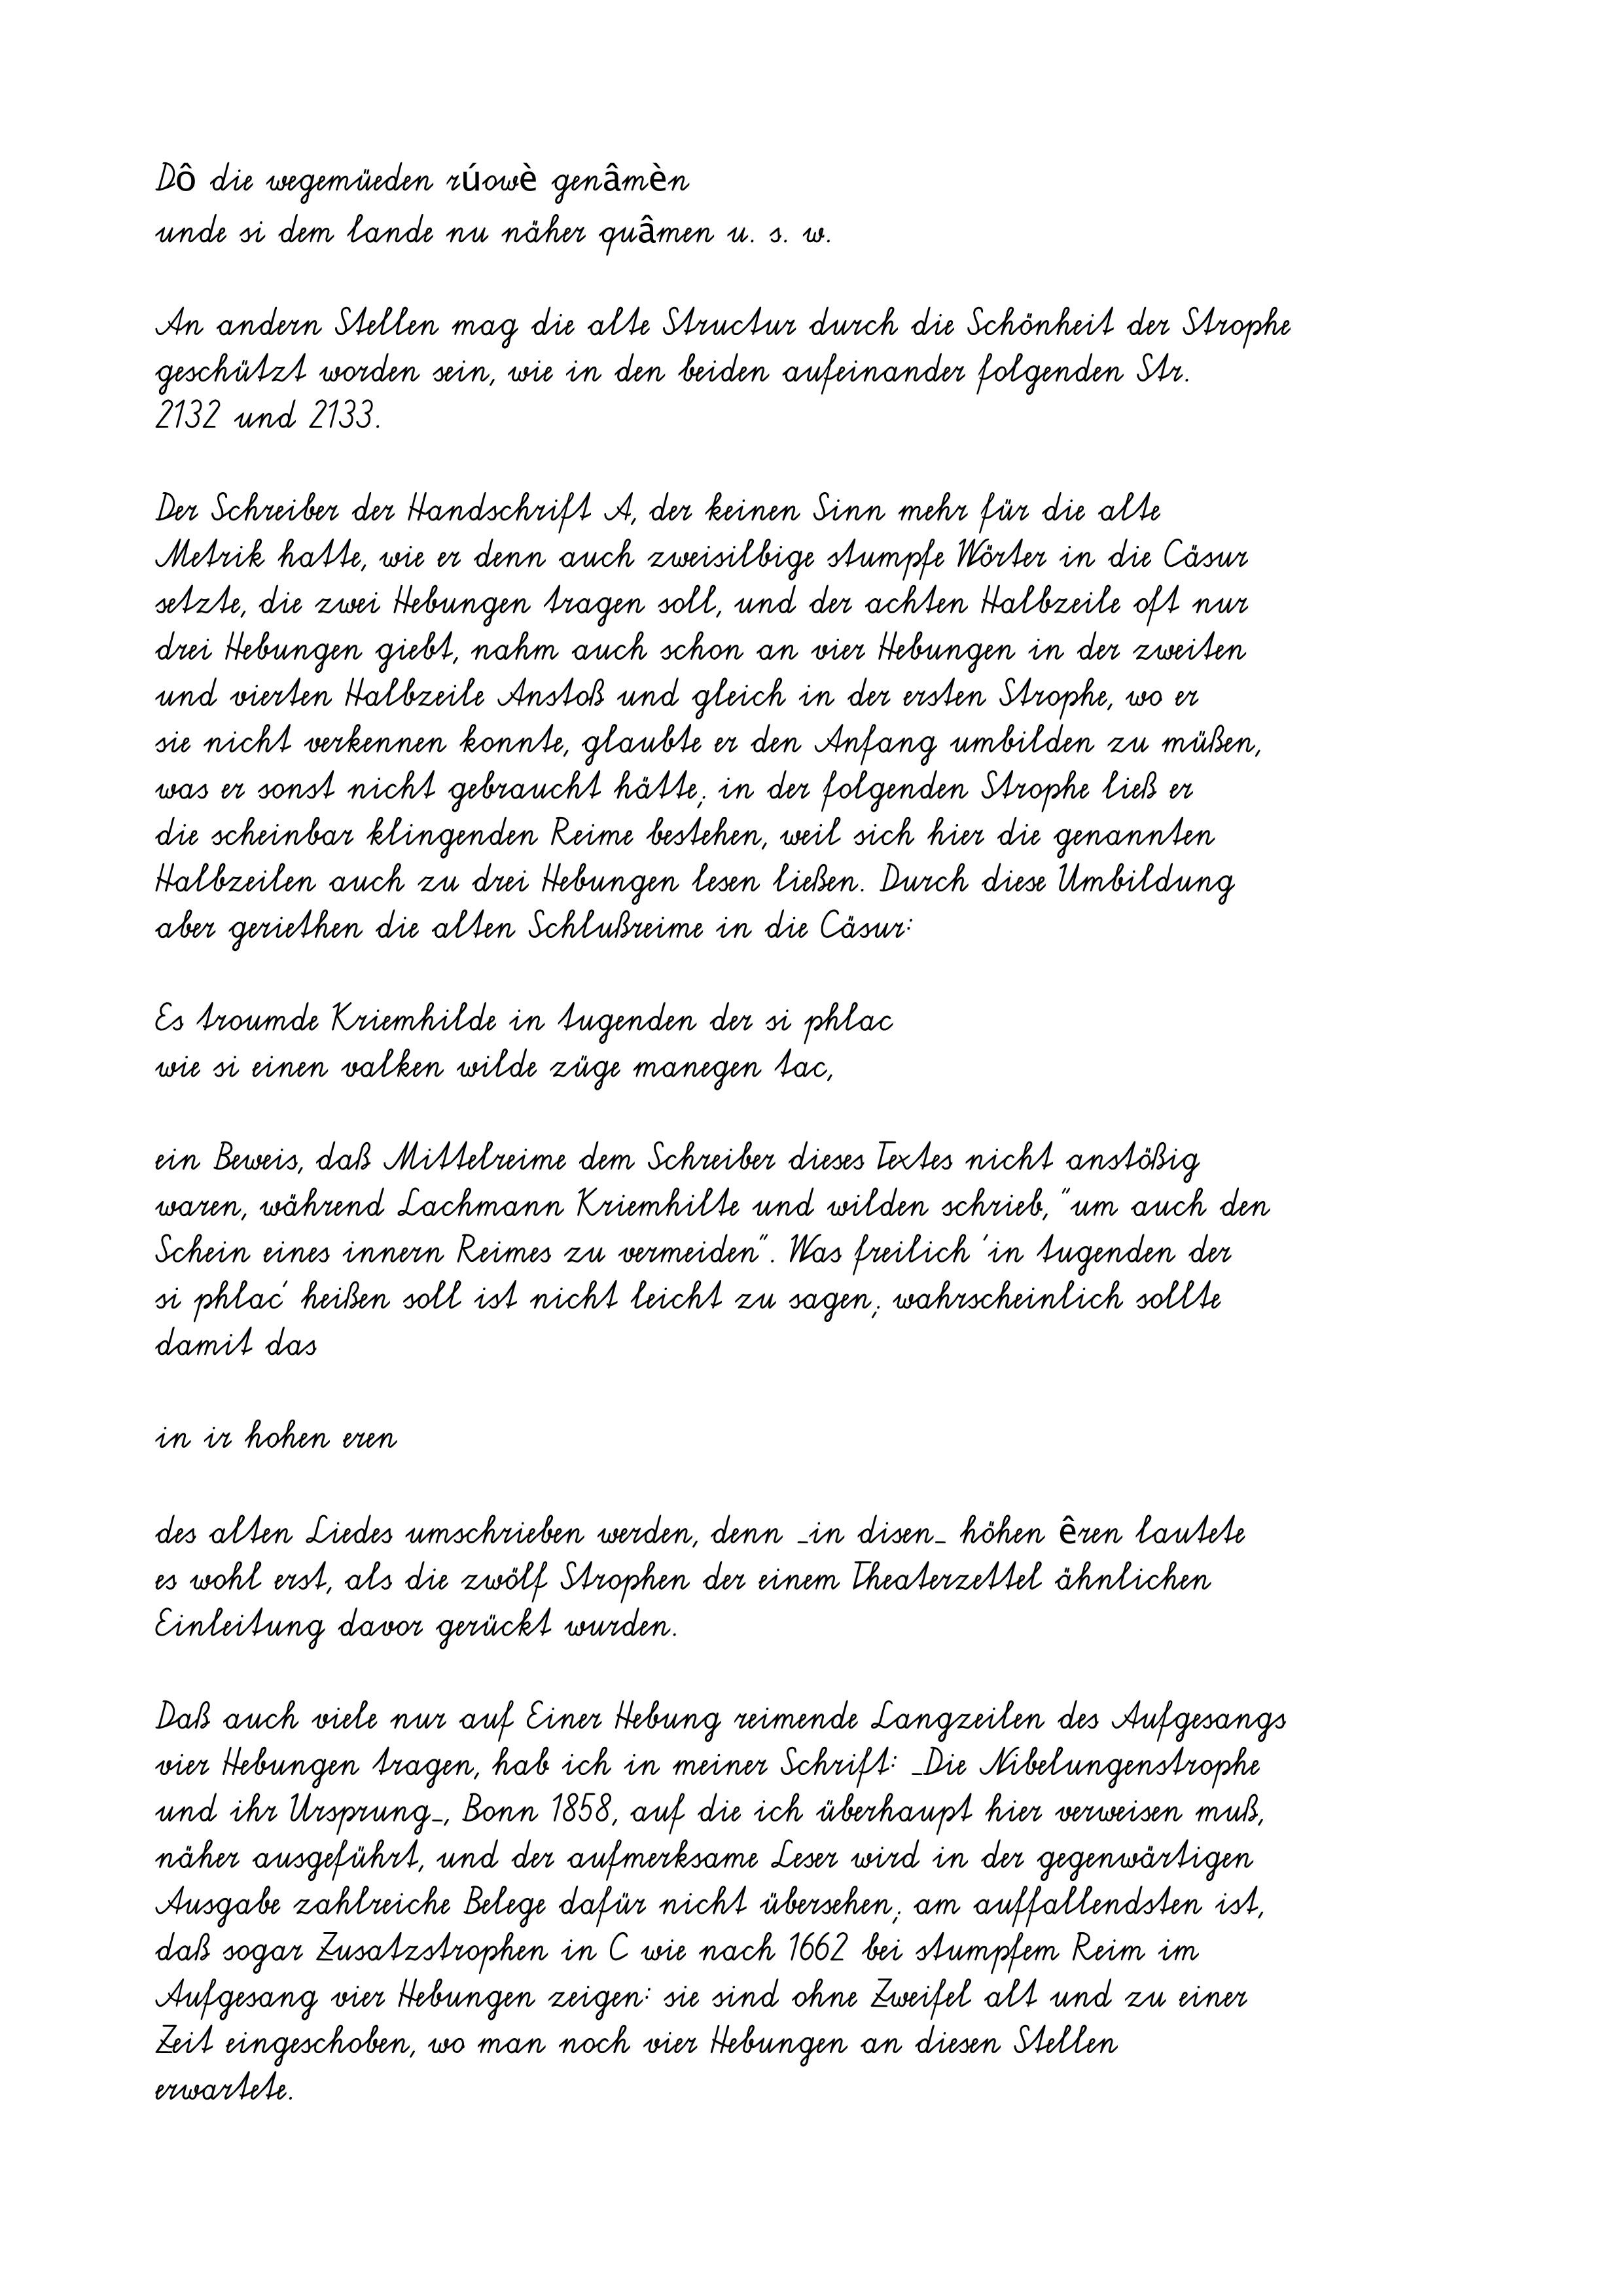
Dô die wegemüeden rúowè genâmèn
unde si dem lande nu näher quâmen u. s. w.
An andern Stellen mag die alte Structur durch die Schönheit der Strophe
geschützt worden sein, wie in den beiden aufeinander folgenden Str.
2132 und 2133.
Der Schreiber der Handschrift A, der keinen Sinn mehr für die alte
Metrik hatte, wie er denn auch zweisilbige stumpfe Wörter in die Cäsur
setzte, die zwei Hebungen tragen soll, und der achten Halbzeile oft nur
drei Hebungen giebt, nahm auch schon an vier Hebungen in der zweiten
und vierten Halbzeile Anstoß und gleich in der ersten Strophe, wo er
sie nicht verkennen konnte, glaubte er den Anfang umbilden zu müßen,
was er sonst nicht gebraucht hätte; in der folgenden Strophe ließ er
die scheinbar klingenden Reime bestehen, weil sich hier die genannten
Halbzeilen auch zu drei Hebungen lesen ließen. Durch diese Umbildung
aber geriethen die alten Schlußreime in die Cäsur:
Es troumde Kriemhilde in tugenden der si phlac
wie si einen valken wilde züge manegen tac,
ein Beweis, daß Mittelreime dem Schreiber dieses Textes nicht anstößig
waren, während Lachmann Kriemhilte und wilden schrieb, "um auch den
Schein eines innern Reimes zu vermeiden". Was freilich 'in tugenden der
si phlac' heißen soll ist nicht leicht zu sagen; wahrscheinlich sollte
damit das
in ir hohen eren
des alten Liedes umschrieben werden, denn _in disen_ höhen êren lautete
es wohl erst, als die zwölf Strophen der einem Theaterzettel ähnlichen
Einleitung davor gerückt wurden.
Daß auch viele nur auf Einer Hebung reimende Langzeilen des Aufgesangs
vier Hebungen tragen, hab ich in meiner Schrift: _Die Nibelungenstrophe
und ihr Ursprung_, Bonn 1858, auf die ich überhaupt hier verweisen muß,
näher ausgeführt, und der aufmerksame Leser wird in der gegenwärtigen
Ausgabe zahlreiche Belege dafür nicht übersehen; am auffallendsten ist,
daß sogar Zusatzstrophen in C wie nach 1662 bei stumpfem Reim im
Aufgesang vier Hebungen zeigen: sie sind ohne Zweifel alt und zu einer
Zeit eingeschoben, wo man noch vier Hebungen an diesen Stellen
erwartete.